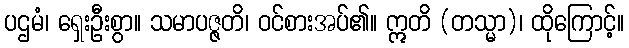
ပဌမံ၊ ရှေးဦးစွာ။ သမာပဇ္ဇတိ၊ ဝင်စားအပ်၏။ ဣတိ (တသ္မာ)၊ ထိုကြောင့်။